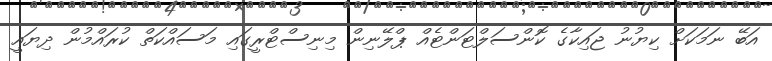
އަބޭ ނަމަކަށް ކިޔުނު ޖައިކާގެ ކޮންސަލްޓަންޓެއް ޕްލޭނިން މިނިސްޓްރީގައި މަސައްކަތް ކުރައްމުން ދިޔައީ